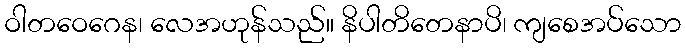
ဝါတဝေဂေန၊ လေအဟုန်သည်။ နိပါတိတေနာပိ၊ ကျစေအပ်သော